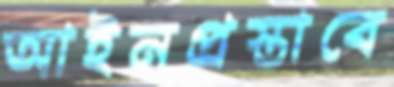
আইনপ্রস্তাবে